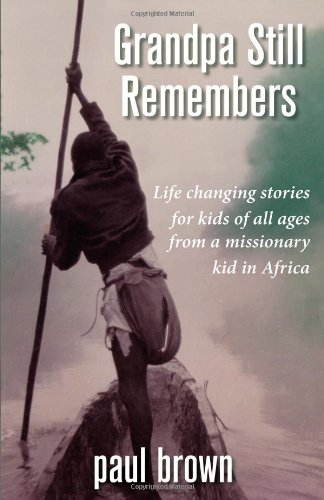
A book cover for Grandpa Still Remembers: Life Changing Stories for Kids of All Ages from a Missionary Kid in Africa; Paul Henry Brown; Children's Books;